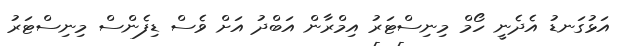
އަޅުގަނޑު އެދެނީ ހޯމް މިނިސްޓަރު އިމްރާން އަބްދު އަށް ވެސް ޑިފެންސް މިނިސްޓަރު